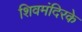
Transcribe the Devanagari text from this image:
शिवमंदिरके